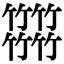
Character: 𥷹